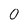
Character: 0